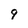
Character: q